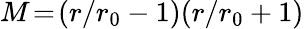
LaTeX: M\! =\! (r/r_{0}-1)(r/r_{0}+1)